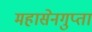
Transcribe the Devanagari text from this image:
महासेनगुप्ता